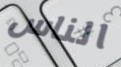
الناس